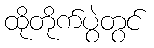
ထိုတိုက်ပွဲတွင်